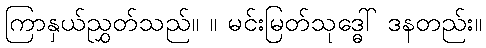
ကြာနှယ်ညွှတ်သည်။ ။ မင်းမြတ်သုဒ္ဓေါ် ဒနတည်း။